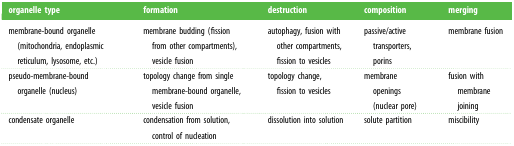
<table><thead><tr><td><b>organelle type</b></td><td><b>formation</b></td><td><b>destruction</b></td><td><b>composition</b></td><td><b>merging</b></td></tr></thead><tbody><tr><td>membrane-bound organelle (mitochondria, endoplasmic reticulum, lysosome, etc.)</td><td>membrane budding (fission from other compartments),vesicle fusion</td><td>autophagy, fusion with other compartments,fission to vesicles</td><td>passive/active transporters,porins</td><td>membrane fusion</td></tr><tr><td>pseudo-membrane-bound organelle (nucleus)</td><td>topology change from single membrane-bound organelle, vesicle fusion</td><td>topology change, fission to vesicles</td><td>membrane openings (nuclear pore)</td><td>fusion with membrane joining</td></tr><tr><td>condensate organelle</td><td>condensation from solution, control of nucleation</td><td>dissolution into solution</td><td>solute partition</td><td>miscibility</td></tr></tbody></table>